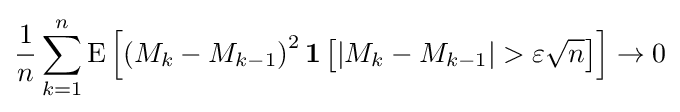
{\frac {1}{n}}\sum _{k=1}^{n}{\operatorname {E} \left[\left(M_{k}-M_{k-1}\right)^{2}\mathbf {1} \left[|M_{k}-M_{k-1}|>\varepsilon {\sqrt {n}}\right]\right]}\to 0